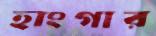
হাংগার